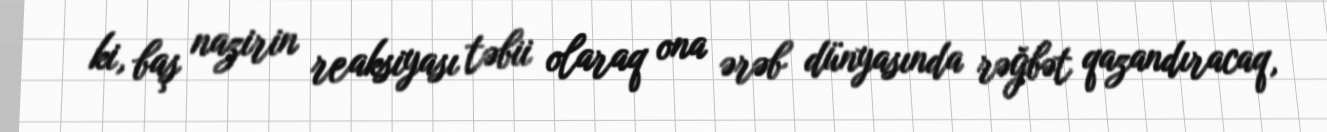
ki, baş nazirin reaksiyası təbii olaraq ona ərəb dünyasında rəğbət qazandıracaq,